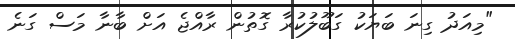
"މިއަދު ގިނަ ބަޔަކު ގަބޫލުކުރާ ގޮތުން ރާއްޖެ އަށް ބާނާ މަސް ގަނެ